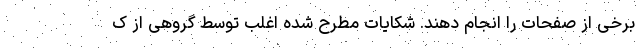
برخی از صفحات را انجام دهند. شکایات مطرح شده اغلب توسط گروهی از ک